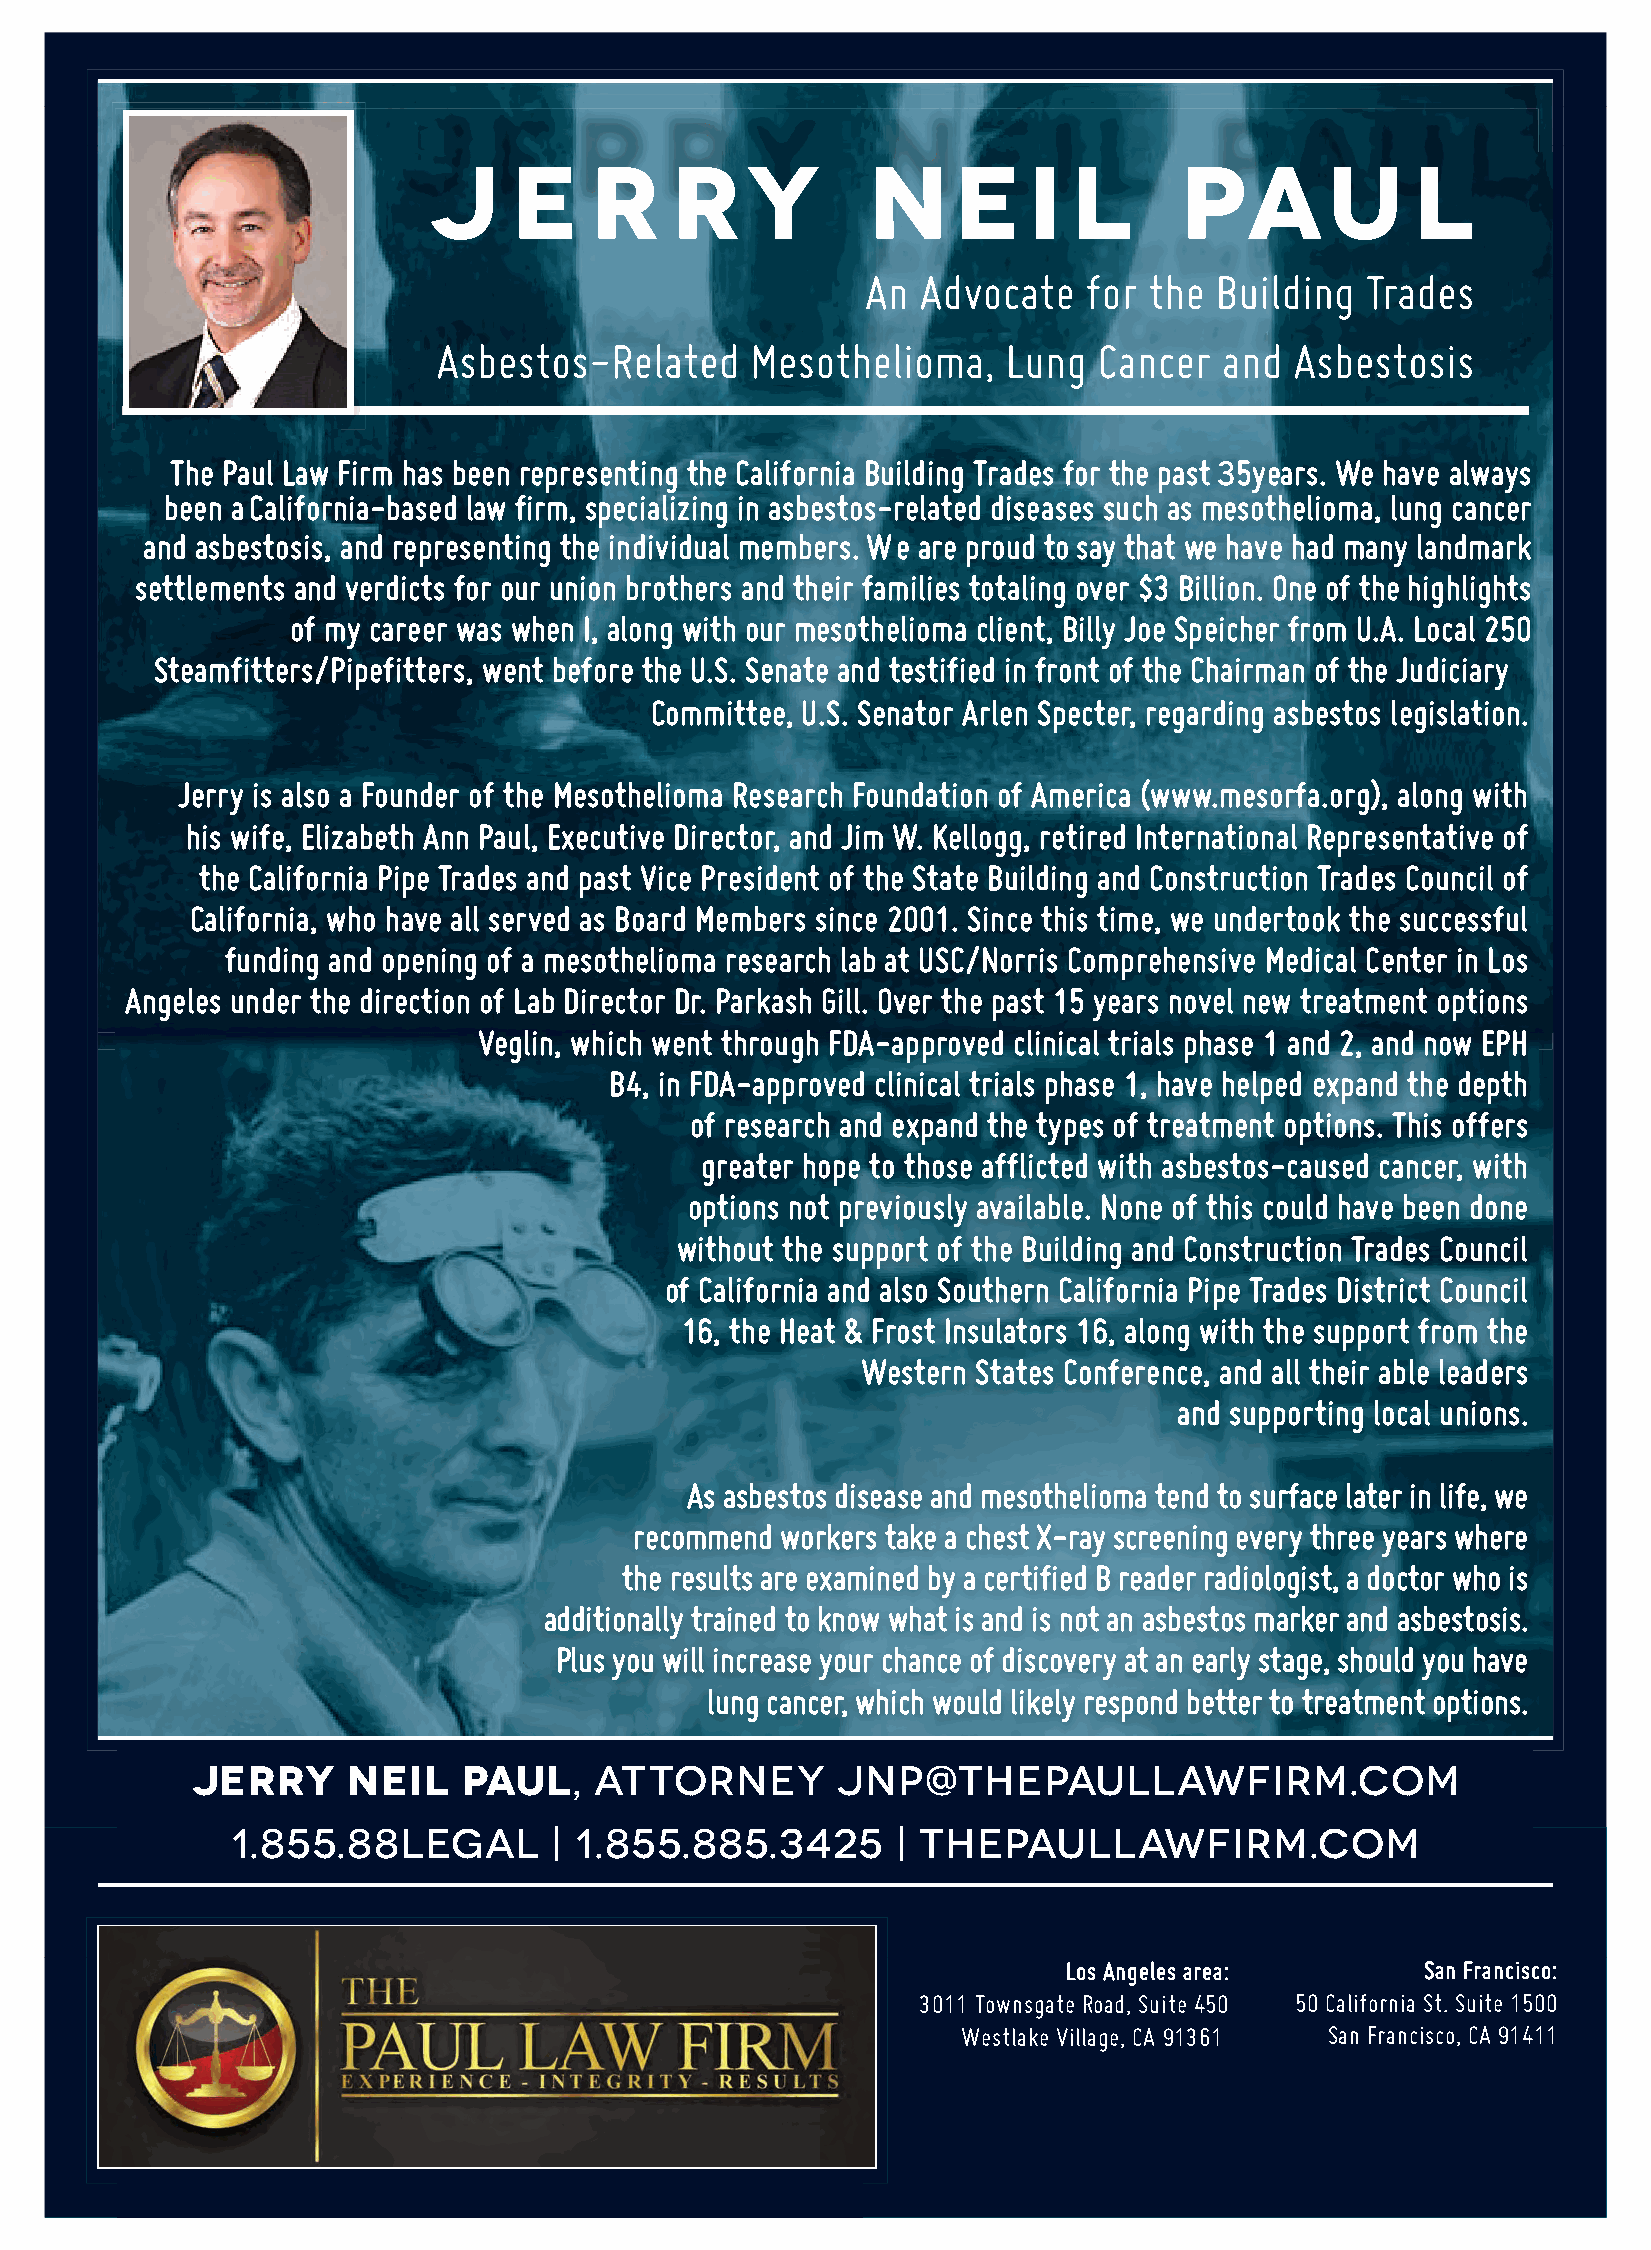
J     E    R    RY           NE         I  L      PAU             L
 An  Advocate   for the Building  Trades
 Asbestos-Related     Mesothelioma,    Lung  Cancer  and  Asbestosis
 The Paul Law Firm has been representing the California Building Trades for the past 5years. We have always
 33
 been a California-based law firm, specializing in asbestos-related diseases such as mesothelioma, lung cancer
 and asbestosis, and representing the individual members. We are proud to say that we have had many landmark
 settlements and verdicts for our union brothers and their families totaling over $3 Billion. One of the highlights
 of my career was when I, along with our mesothelioma client, Billy Joe Speicher from U.A. Local 250
 Steamfitters/Pipefitters, went before the U.S. Senate and testified in front of the Chairman of the Judiciary
 Committee, U.S. Senator Arlen Specter, regarding asbestos legislation.
 Jerry is also a Founder of the Mesothelioma Research Foundation of America (www.mesorfa.org), along with
 his wife, Elizabeth Ann Paul, Executive Director, and Jim W. Kellogg, retired International Representative of
 the California Pipe Trades and past Vice President of the State Building and Construction Trades Council of
 California, who have all served as Board Members since 2001. Since this time, we undertook the successful
 funding and opening of a mesothelioma research lab at USC/Norris Comprehensive Medical Center in Los
 Angeles under the direction of Lab Director Dr. Parkash Gill. Over the past 15 years novel new treatment options
 Veglin, which went through FDA-approved clinical trials phase 1 and 2, and now EPH
 B4, in FDA-approved clinical trials phase 1, have helped expand the depth
 of research and expand the types of treatment options. This offers
 greater hope to those afflicted with asbestos-caused cancer, with
 options not previously available. None of this could have been done
 without the support of the Building and Construction Trades Council
 of California and also Southern California Pipe Trades District Council
 16, the Heat & Frost Insulators 16, along with the support from the
 Western States Conference, and all their able leaders
 and supporting local unions.
 As asbestos disease and mesothelioma tend to surface later in life, we
 recommend workers take a chest X-ray screening every three years where
 the results are examined by a certified B reader radiologist, a doctor who is
 additionally trained to know what is and is not an asbestos marker and asbestosis.
 Plus you will increase your chance of discovery at an early stage, should you have
 lung cancer, which would likely respond better to treatment options.
 JERRY     NEIL    PAUL,   ATTORNEY        JNP@THEPAULLAWFIRM.COM
 1.855.88LEGAL         | 1.855.885.3425      | THEPAULLAWFIRM.COM
 Los Angeles area:      San Francisco:
 3011 Townsgate Road, Suite 450 50 California St. Suite 1500
 Westlake Village, CA 91361 San Francisco, CA 91411